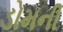
ડોમની